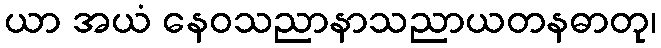
ယာ အယံ နေဝသညာနာသညာယတနဓာတု၊